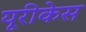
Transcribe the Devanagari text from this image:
यूरीकेस